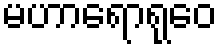
မဟာရောရုဝေ